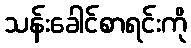
သန်းခေါင်စာရင်းကို